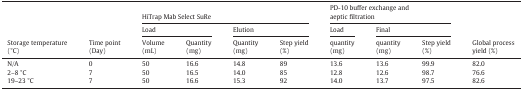
<table><thead><tr><td rowspan="3"><b>Storage temperature (°C)</b></td><td rowspan="3"><b>Time point (Day)</b></td><td colspan="4"><b>HiTrap Mab Select SuRe</b></td><td colspan="3"><b>PD-10 buffer exchange and aeptic filtration</b></td><td rowspan="3"><b>Global process yield (%)</b></td></tr><tr><td colspan="2"><b>Load</b></td><td colspan="2"><b>Elution</b></td><td><b>Load</b></td><td colspan="2"><b>Final</b></td></tr><tr><td><b>Volume (mL)</b></td><td><b>Quantity (mg)</b></td><td><b>Quantity (mg)</b></td><td><b>Step yield (%)</b></td><td><b>quantity (mg)</b></td><td><b>quantity (mg)</b></td><td><b>Step yield (%)</b></td></tr></thead><tbody><tr><td>N/A</td><td>0</td><td>50</td><td>16.6</td><td>14.8</td><td>89</td><td>13.6</td><td>13.6</td><td>99.9</td><td>82.0</td></tr><tr><td>2–8 °C</td><td>7</td><td>50</td><td>16.5</td><td>14.0</td><td>85</td><td>12.8</td><td>12.6</td><td>98.7</td><td>76.6</td></tr><tr><td>19–23 °C</td><td>7</td><td>50</td><td>16.6</td><td>15.3</td><td>92</td><td>14.0</td><td>13.7</td><td>97.5</td><td>82.6</td></tr></tbody></table>